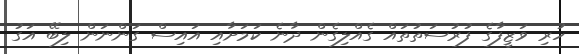
ހުރި ވަޒީފާގެ ފުރުސަތުތައް ގެއްލިގެން ދާނެ ކަމަށާއި އައިސް ގަންނަން ލިބޭ އަގު